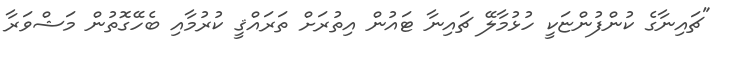
"ޗައިނާގެ ކުންފުންޏަކީ ހުޅުމާލޭ ޗައިނާ ޓައުން އިތުރަށް ތަރައްޤީ ކުރުމާއި ބެހޭގޮތުން މަޝްވަރާ